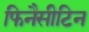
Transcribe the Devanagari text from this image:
फिनैसीटिन